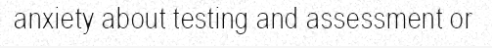
anxiety about testing and assessment or